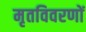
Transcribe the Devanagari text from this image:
मृतविवरणों